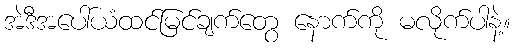
အဲဒီအပေါ်ယံထင်မြင်ချက်တွေ နောက်ကို မလိုက်ပါနဲ့။